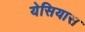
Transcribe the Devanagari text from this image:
येसियास